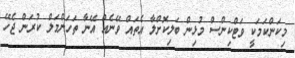
މިކަންކަމަކީ ވަޓްކިންސް މުޅިން ބަލިކޮށްލާ އެތައް ވޭނެއް އޭނާ ތަހަންމަލް ކުރަން ޖެހޭ